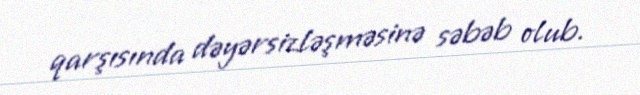
qarşısında dəyərsizləşməsinə səbəb olub.